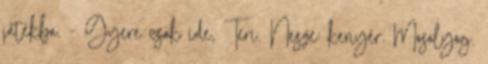
játékba. - Gyere csak ide, Teri. Nesze: kenyér. Mosolyog.